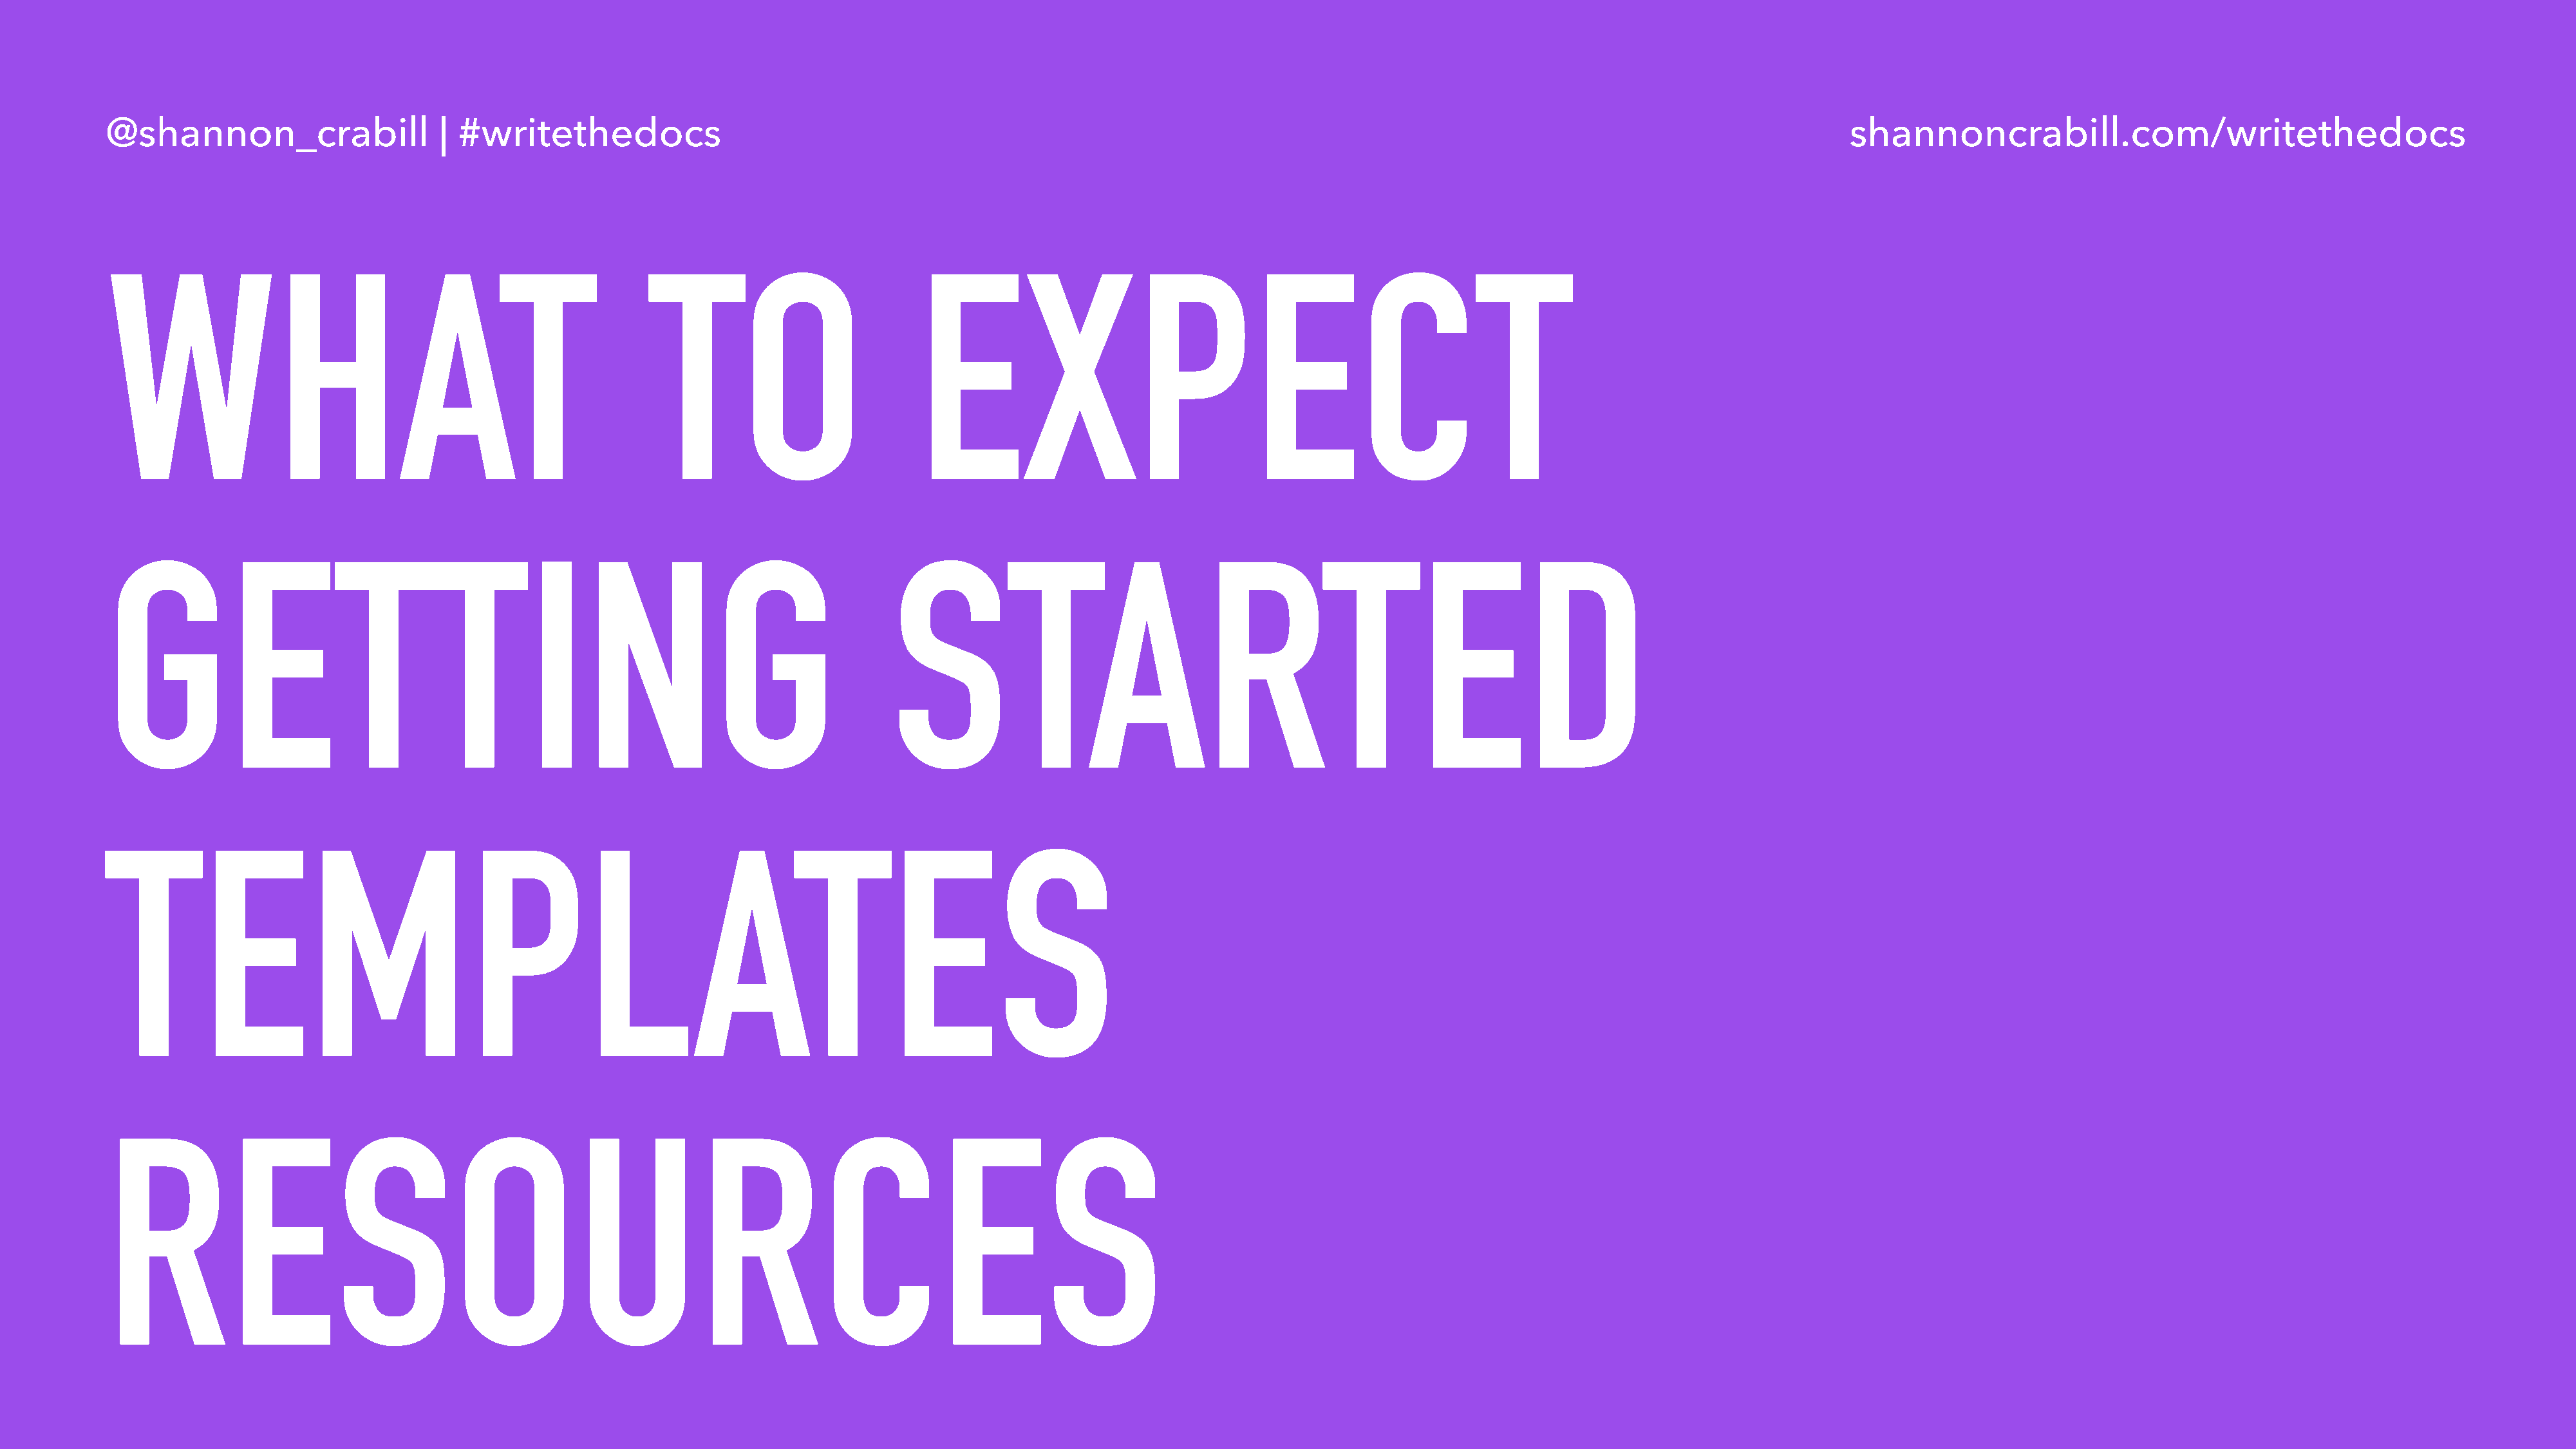
@shannon_crabill                  | #writethedocs                                                                                                                                  shannoncrabill.com/writethedocs
 WHAT                                                    TO                         EXPECT
 GETTING                                                                          STARTED
 TEMPLATES
 RESOURCES